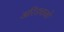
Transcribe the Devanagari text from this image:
अरिडचाको